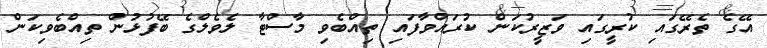
އޭގެ ތެރޭގައި ކުރީގައި ވަޒީރުކަން ކުރައްވާފައި ތިއްބެވި މާސްޓާ ލެވެލްގެ ބޭފުޅުން ތިއްބެވިކަން